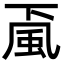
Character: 颪